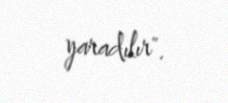
yaradılır".